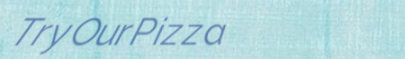
TryOurPizza